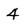
Character: 4